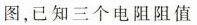
图，已知三个电阻阻值